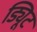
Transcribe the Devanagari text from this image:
ड्यिूट